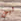
ليس